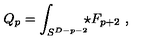
Q _ { p } = \int _ { S ^ { D - p - 2 } } \! \! \! \star F _ { p + 2 } \ ,